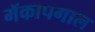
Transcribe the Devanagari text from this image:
मॅकापगाल